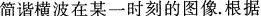
简谐横波在某一时刻的图像.根据